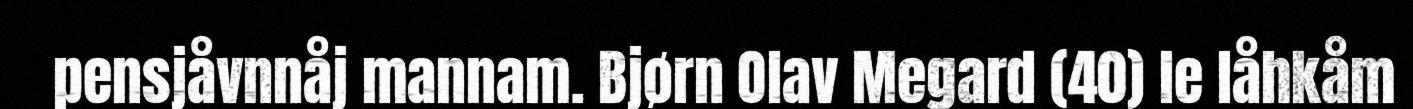
pensjåvnnåj mannam. Bjørn Olav Megard (40) le låhkåm